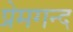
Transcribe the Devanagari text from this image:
प्रेमगन्द